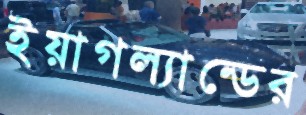
ইয়াগল্যান্ডের